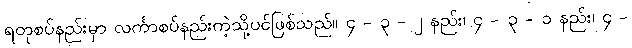
ရတုစပ်နည်းမှာ လင်္ကာစပ်နည်းကဲ့သို့ပင်ဖြစ်သည်။ ၄ - ၃ - ၂ နည်း၊ ၄ - ၃ - ၁ နည်း၊ ၄ -